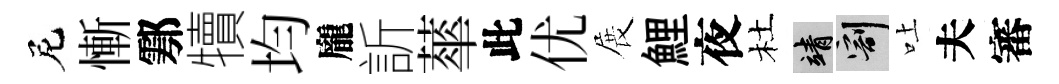
尼慚鄠犢均龐訢蕐此优展鯉夜杜靖割吐夫審